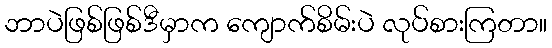
ဘာပဲဖြစ်ဖြစ်ဒီမှာက ကျောက်စိမ်းပဲ လုပ်စားကြတာ။